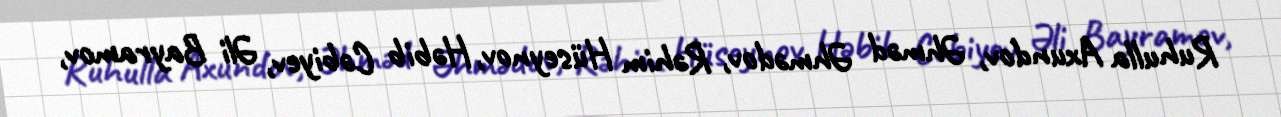
Ruhulla Axundov, Əhməd Əhmədov, Rəhim Hüseynov, Həbib Cəbiyev, Əli Bayramov,